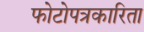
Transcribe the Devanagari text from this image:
फोटोपत्रकारिता